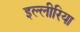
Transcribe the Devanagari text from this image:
इल्लीरिया